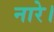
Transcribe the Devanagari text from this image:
नारे।